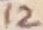
Text: 12